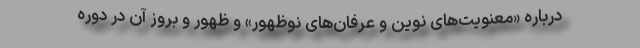
درباره «معنویت‌های نوین و عرفان‌های نوظهور» و ظهور و بروز آن در دوره